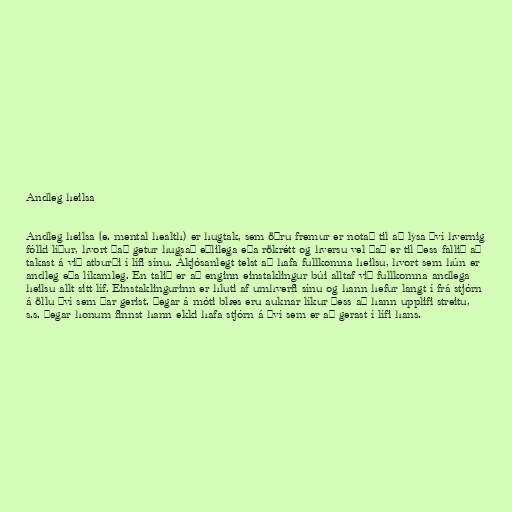
Andleg heilsa

Andleg heilsa (e. mental health) er hugtak, sem öðru fremur er notað til að lýsa því hvernig
fólki líður, hvort það getur hugsað eðlilega eða rökrétt og hversu vel það er til þess fallið að
takast á við atburði í lífi sínu. Ákjósanlegt telst að hafa fullkomna heilsu, hvort sem hún er
andleg eða líkamleg. En talið er að enginn einstaklingur búi alltaf við fullkomna andlega
heilsu allt sitt líf. Einstaklingurinn er hluti af umhverfi sínu og hann hefur langt í frá stjórn
á öllu því sem þar gerist. Þegar á móti blæs eru auknar líkur þess að hann upplifi streitu,
s.s. þegar honum finnst hann ekki hafa stjórn á því sem er að gerast í lífi hans.